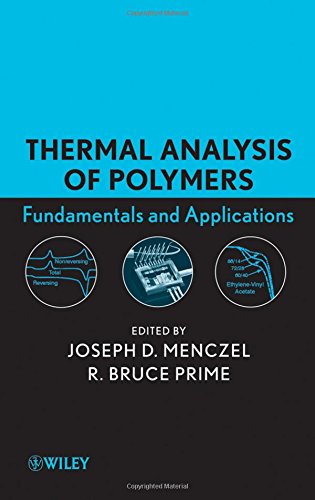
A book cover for Thermal Analysis of Polymers: Fundamentals and Applications; Science & Math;